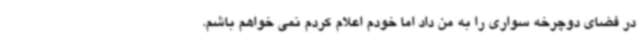
در فضای دوچرخه سواری را به من داد اما خودم اعلام کردم نمی خواهم باشم.